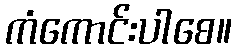
ကံကောင်းပါစေ။